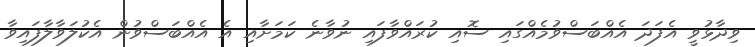
ވިދާޅުވީ އެފަދަ އެއްބަސްވުމެއްގައި ސޮއި ކުރައްވާފައި ނުވާނެ ކަމަށާއި އެ އެއްބަސްވުން އެކުލަވާލާފައިވާ